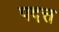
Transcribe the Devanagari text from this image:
पदत्त